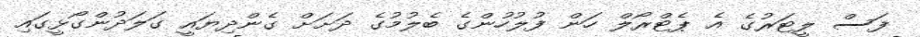
ފަސް ލީޓަރުގެ އެ ޕެޓްރޯލް ހަން ފުލުހުންގެ ބެލުމުގެ ދަށަށް ގެންދިޔައީ ގަލަދުންގޯޅީގައި